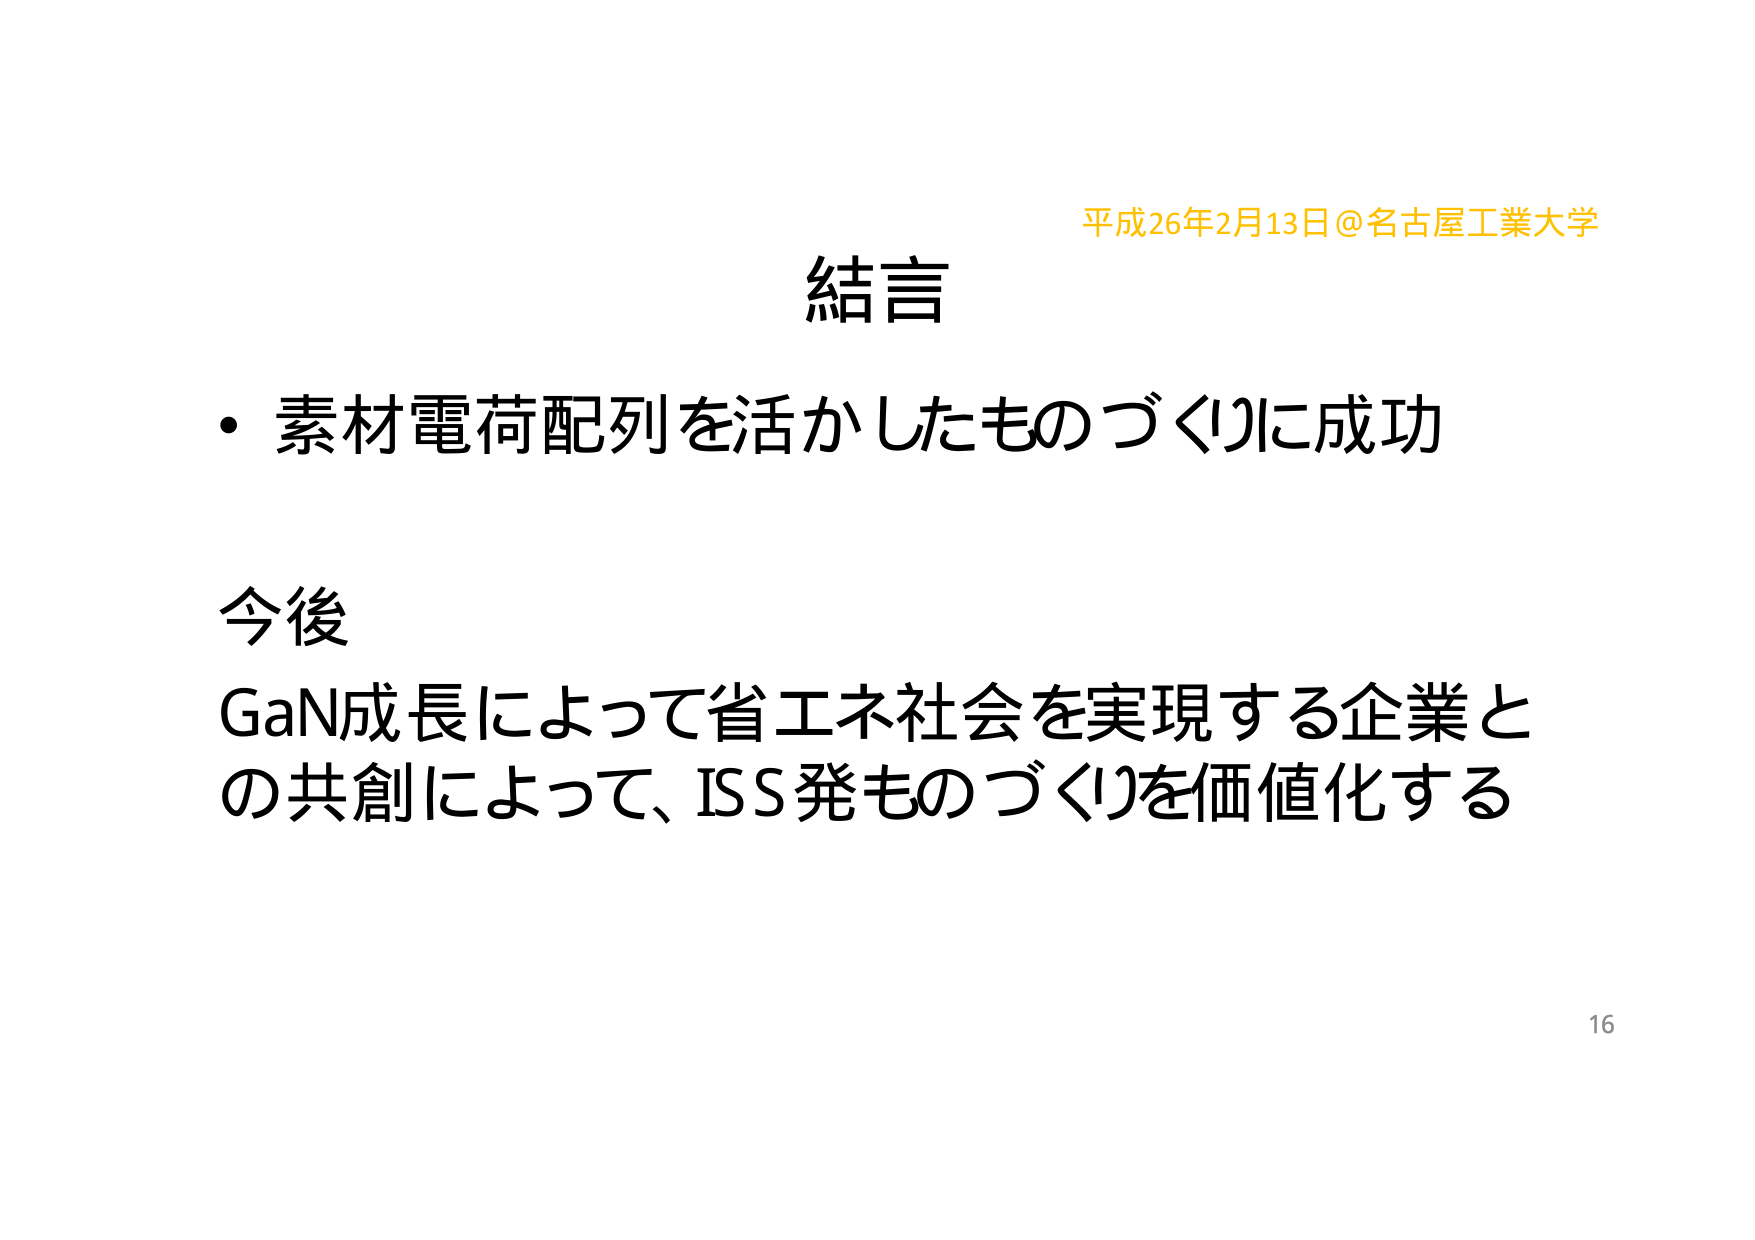
平成26年2月13日@名古屋工業大学
結言
・素材電荷配列を活かしたものづくりに成功
今後
GaN成長によって省エネ社会を実現する企業と
の共創によって、ISS発ものづくりを価値化する
16